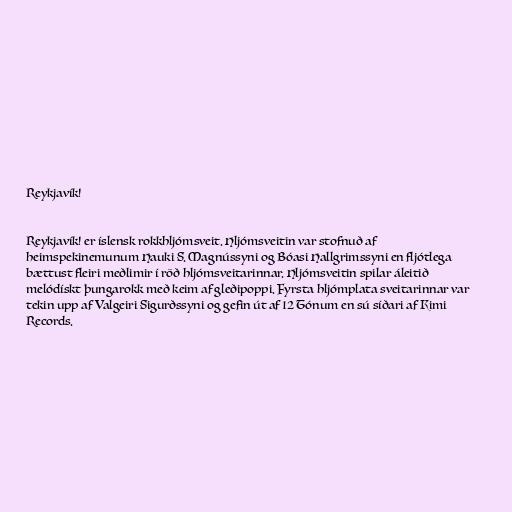
Reykjavík!

Reykjavík! er íslensk rokkhljómsveit. Hljómsveitin var stofnuð af
heimspekinemunum Hauki S. Magnússyni og Bóasi Hallgrimssyni en fljótlega
bættust fleiri meðlimir í röð hljómsveitarinnar. Hljómsveitin spilar áleitið
melódískt þungarokk með keim af gleðipoppi. Fyrsta hljómplata sveitarinnar var
tekin upp af Valgeiri Sigurðssyni og gefin út af 12 Tónum en sú síðari af Kimi
Records.